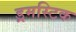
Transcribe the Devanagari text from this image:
ड्रमस्टिक